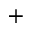
^ +